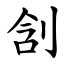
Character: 㓧